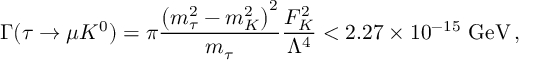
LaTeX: \Gamma ( \tau \rightarrow \mu K ^ { 0 } ) = \pi \frac { { \left( m _ { \tau } ^ { 2 } - m _ { K } ^ { 2 } \right) } ^ { 2 } } { m _ { \tau } } \frac { F _ { K } ^ { 2 } } { \Lambda ^ { 4 } } < 2 . 2 7 \times 1 0 ^ { - 1 5 } ~ \mathrm { G e V } \, ,